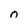
Character: n